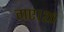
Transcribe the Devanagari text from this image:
गए।२०